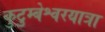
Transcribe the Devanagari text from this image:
कुटुम्बेश्वरयात्रा